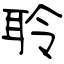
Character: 聆